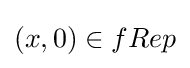
(x,0)\in fRep